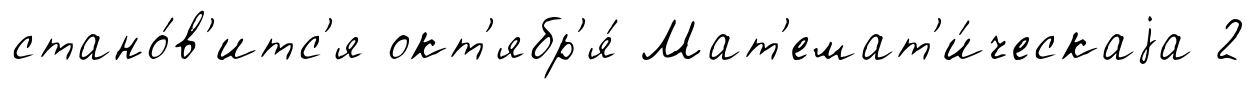
стано́в'итс'я окт'ябр'я́ Мат'емат'и́ческаjа 2